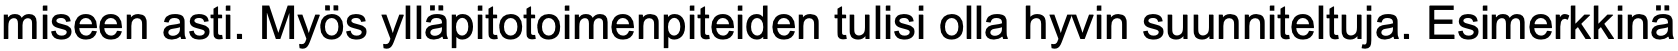
miseen asti. Myös ylläpitotoimenpiteiden tulisi olla hyvin suunniteltuja. Esimerkkinä